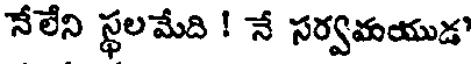
నేలేని స్థలమేది ! నే సర్వమయుడ